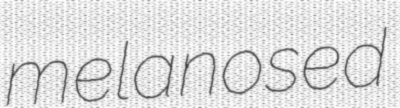
melanosed